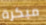
مبكرة